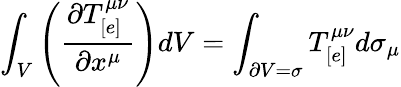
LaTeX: \int_{V}\left(\frac{\partial T_{[e]}^{\mu\nu}}{\partial x^{\mu}}\right)dV=\int_{\partial V=\sigma}T_{[e]}^{\mu\nu}d\sigma_{\mu}